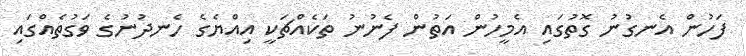
ފަހުން އެނގުނު ގޮތުގައި އެމީހުން އަތުން ފެނުނު ތަކެއްޗަކީ އިއްޔެގެ ހެނދުނުގެ ވަގުތެއްގައި